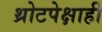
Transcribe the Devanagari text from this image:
थ्रोटपेक्षाही